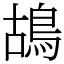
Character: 鴣